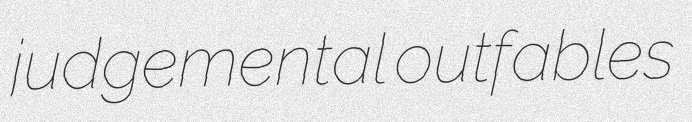
judgemental outfables